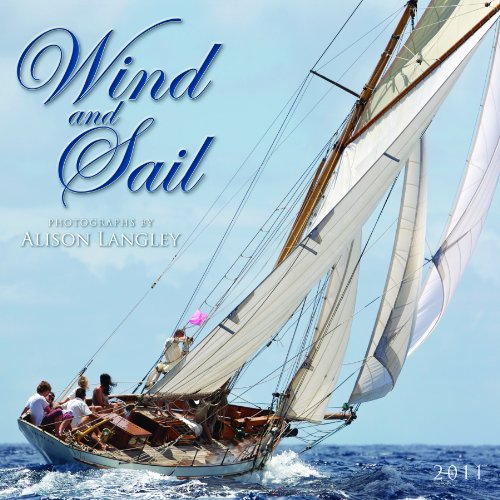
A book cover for Wind and Sail 2011 Wall Calendar (Calendar); Calendars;